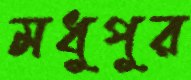
মধুপুর